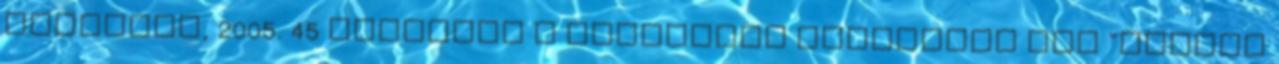
Budapest, 2005. 45 Köszönöm a figyelmet Letölteni ppt "Emberi